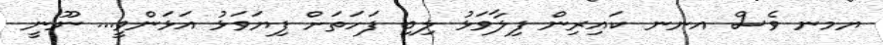
ޔމނ ވެސް އނނ ކައިރިން ފިލާވަޅު ލިބި ފަހަތަށް ފިޔަވަޅު އަޅަންވީ... ނޫނީ